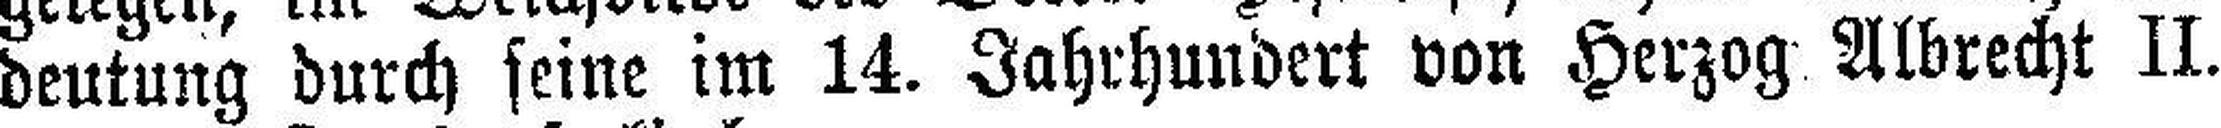
deutung durch seine im 14. Jahrhundert von Herzog Albrecht II.